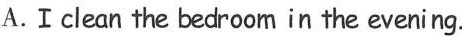
A.Ⅰclean the bedroom in the evening.